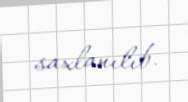
saxlanılıb.